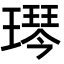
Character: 𬎋